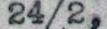
24/2,